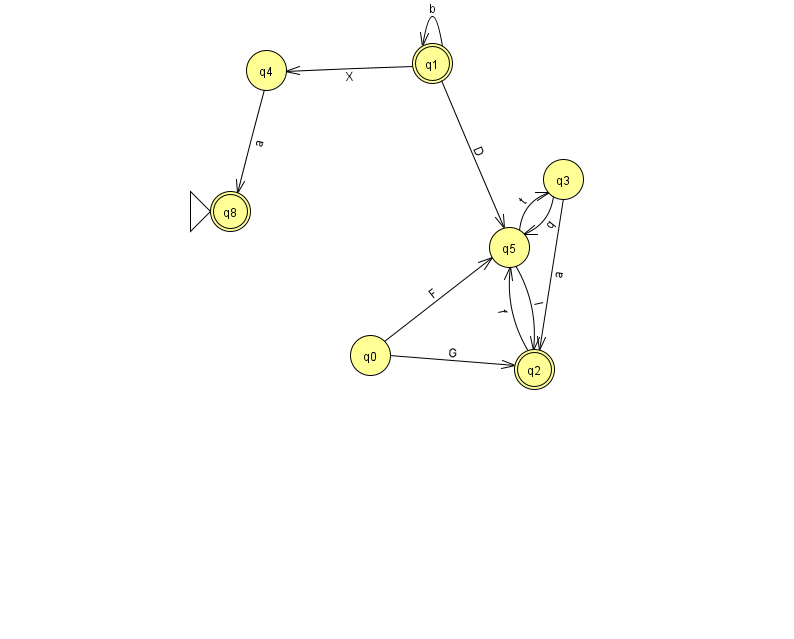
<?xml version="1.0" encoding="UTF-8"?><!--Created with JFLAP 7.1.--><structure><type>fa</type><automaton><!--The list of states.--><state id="0" name="q0"><x>370.0</x><y>342.0</y></state><state id="1" name="q1"><x>432.0</x><y>50.0</y><final/></state><state id="2" name="q2"><x>534.0</x><y>356.0</y><final/></state><state id="3" name="q3"><x>563.0</x><y>166.0</y></state><state id="4" name="q4"><x>266.0</x><y>57.0</y></state><state id="5" name="q5"><x>509.0</x><y>234.0</y></state><state id="8" name="q8"><x>230.0</x><y>198.0</y><initial/><final/></state><!--The list of transitions.--><transition><from>1</from><to>4</to><read>X</read></transition><transition><from>1</from><to>1</to><read>b</read></transition><transition><from>4</from><to>8</to><read>a</read></transition><transition><from>3</from><to>2</to><read>a</read></transition><transition><from>0</from><to>5</to><read>F</read></transition><transition><from>5</from><to>2</to><read>I</read></transition><transition><from>2</from><to>5</to><read>f</read></transition><transition><from>5</from><to>3</to><read>t</read></transition><transition><from>0</from><to>2</to><read>G</read></transition><transition><from>3</from><to>5</to><read>q</read></transition><transition><from>1</from><to>5</to><read>D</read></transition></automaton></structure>